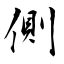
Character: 側